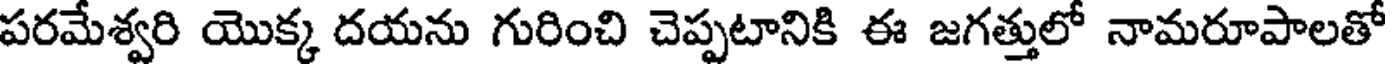
పరమేశ్వరి యొక్క దయను గురించి చెప్పటానికి ఈ జగత్తులో నామరూపాలతో